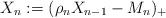
LaTeX: \begin{align*} X_n:=(\rho_n X_{n-1}-M_n)_+ \end{align*}